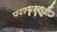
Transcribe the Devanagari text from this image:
परस्परवादी